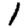
Digit: 1